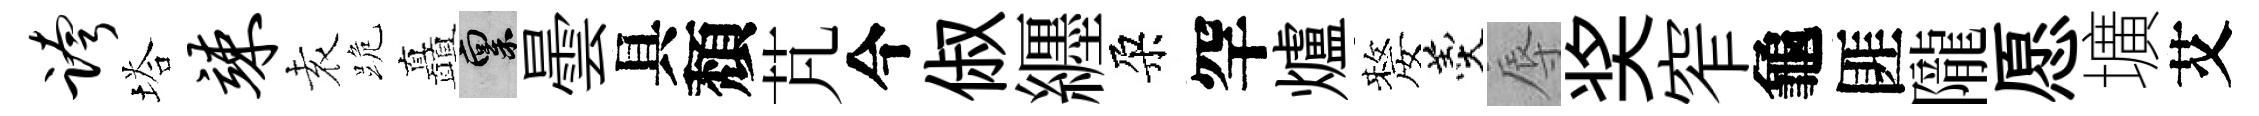
跨塔竦𡊮跪矗禀曇具頽芃今俶纒朶罕爐嫠羹辱奖窄龜匪隴愿壙艾